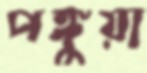
পঙ্গুয়া